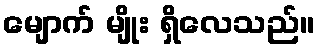
မျောက် မျိုး ရှိလေသည်။